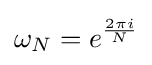
\omega _{N}=e^{\frac {2\pi i}{N}}